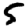
Digit: 5